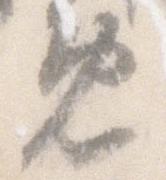
免